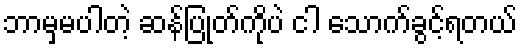
ဘာမှမပါတဲ့ ဆန်ပြုတ်ကိုပဲ ငါ သောက်ခွင့်ရတယ်